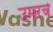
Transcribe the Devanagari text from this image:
उमरचे